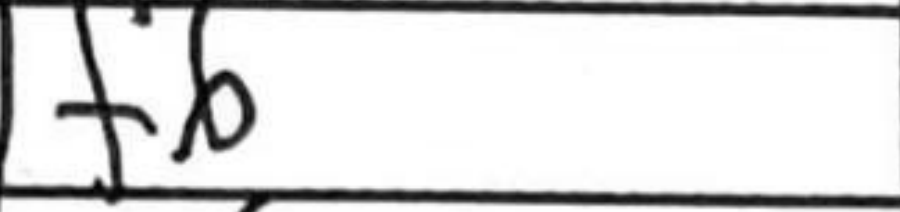
Transcription: Nf6